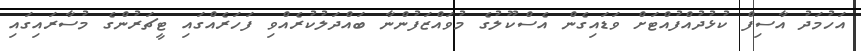
އަހުމަދު އާސިފް ކުޅުދުއްފުއްޓަށް ވަޑައިގެން އެސްކޫލުގެ މުވައްޒަފުންނާ ބައްދަލުކުރެއްވި ފަހަރެއްގައި ޓީޗަރުންގެ މުސާރައިގައި